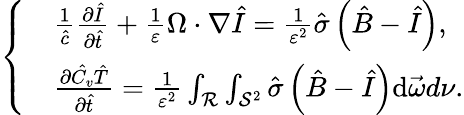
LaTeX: \left\{ \begin{array}{rl}&{\frac{1}{\hat{c}}\frac{\partial\hat{I}}{\partial\hat{t}}+\frac{1}{\varepsilon}\Omega\cdot\nabla\hat{I}=\frac{1}{\varepsilon^{2}}\hat{\sigma}\left(\hat{B}-\hat{I}\right),}\\ &{\frac{\partial\hat{C_{v}}\hat{T}}{\partial\hat{t}}=\frac{1}{\varepsilon^{2}}\int_{\mathcal{R}}\int_{\mathcal{S}^{2}}\hat{\sigma}\left(\hat{B}-\hat{I}\right)\mathrm{d}\vec{\omega}d\nu.}\end{array}\right.